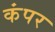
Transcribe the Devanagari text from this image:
कंपर